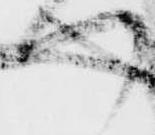
つ